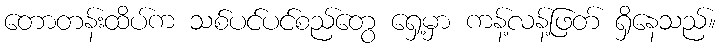
တောတန်းထိပ်က သစ်ပင်ပင်စည်တွေ ရှေ့မှာ ကန့်လန့်ဖြတ် ရှိနေသည်။